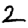
Digit: 2